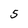
Character: 5